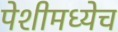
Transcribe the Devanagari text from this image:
पेशीमध्येच